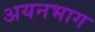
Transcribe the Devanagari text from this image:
अयनभाग